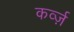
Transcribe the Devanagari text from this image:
कर्व्ज़